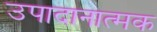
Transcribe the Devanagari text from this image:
उपादानात्मक